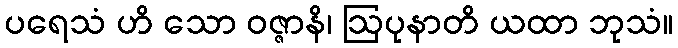
ပရေသံ ဟိ သော ဝဇ္ဇာနိ၊ ဩပုနာတိ ယထာ ဘုသံ။